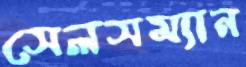
সেলসম্যান